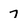
Character: 7